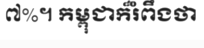
៧%។ កម្ពុជាក៏រំពឹងថា